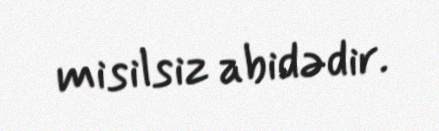
misilsiz abidədir.